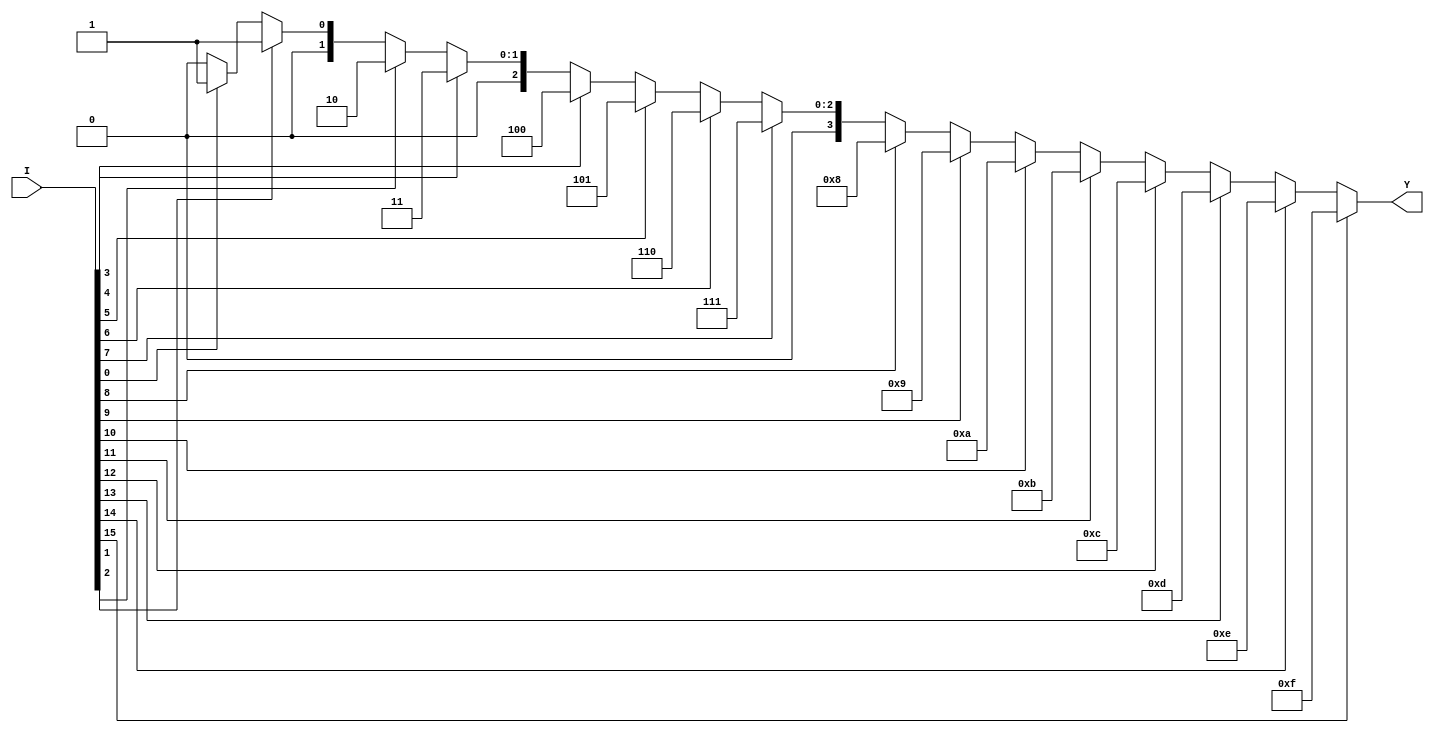
module prior_enc(I,Y);
  input [15:0]I;
  output reg [3:0]Y;
 
 always@(I)
 begin 
  if (I[15])
    Y=15;
    else if (I[14])
    Y=14;
    else if (I[13])
    Y=13;
    else if (I[12])
    Y=12;
    else if (I[11])
    Y=11;
    else if (I[10])
    Y=10;
    else if (I[9])
    Y=9;
    else if (I[8])
    Y=8;
    else if (I[7])
    Y=7;
    else if (I[6])
    Y=6;
    else if (I[5])
    Y=5;
    else if (I[4])
    Y=4;
    else if (I[3])
    Y=3;
    else if (I[2])
    Y=2;
    else if (I[1])
    Y=1;
    else if (I[0])
    Y=1;
  else
    Y=0;
    
  end
  
  endmodule